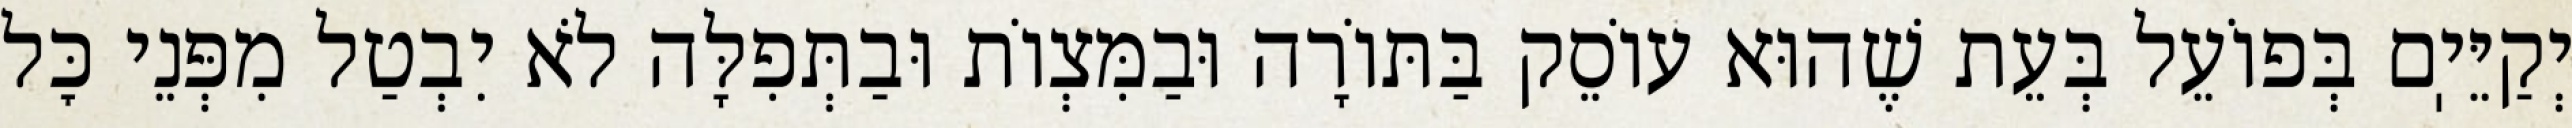
יְקַיֵּיֽם בְּפוֹעֵל בְּעֵת שֶׁהוּא עוֹסֵק בַּתּוֹרָה וּבַמִּצְוֹת וּבַתְּפִלָּה לֹא יִבְטַל מִפְּנֵי כׇּל